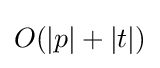
O(|p|+|t|)